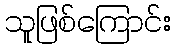
သူဖြစ်ကြောင်း